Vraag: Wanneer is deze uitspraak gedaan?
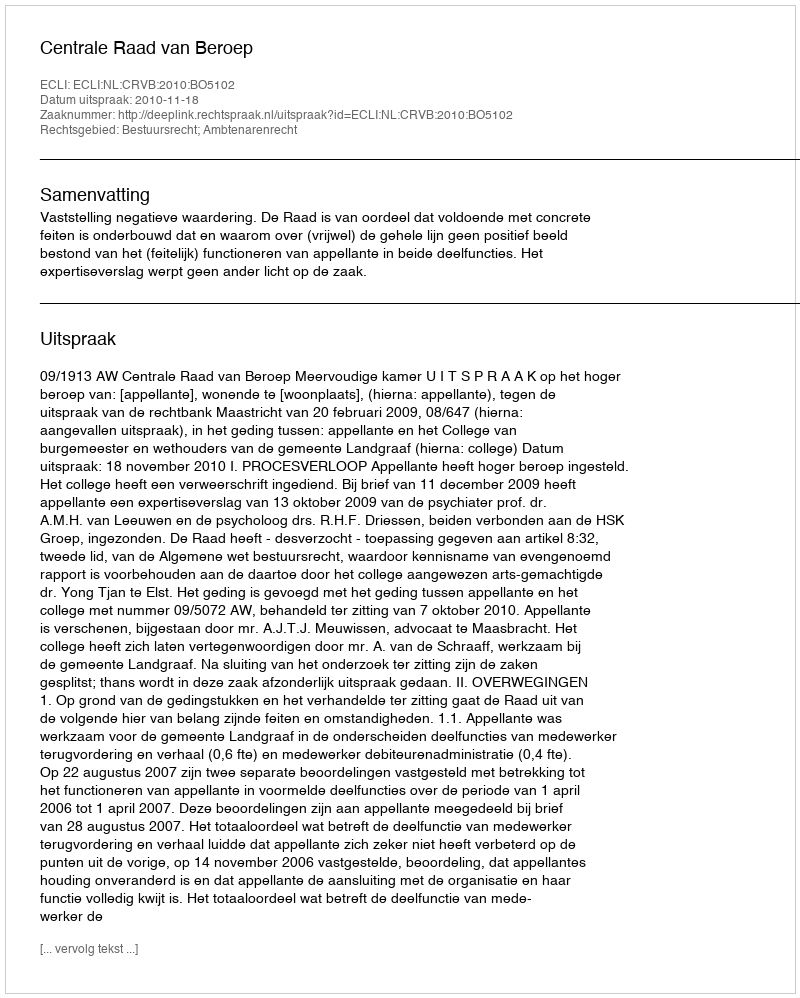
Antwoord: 2010-11-18